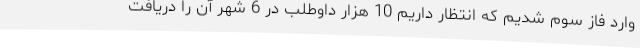
وارد فاز سوم شدیم که انتظار داریم 10 هزار داوطلب در 6 شهر آن را دریافت